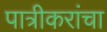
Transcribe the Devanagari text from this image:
पात्रीकरांचा